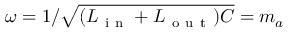
\omega = 1 / \sqrt { ( L _ { \mathrm { ~ i ~ n ~ } } + L _ { \mathrm { ~ o ~ u ~ t ~ } } ) C } = m _ { a }